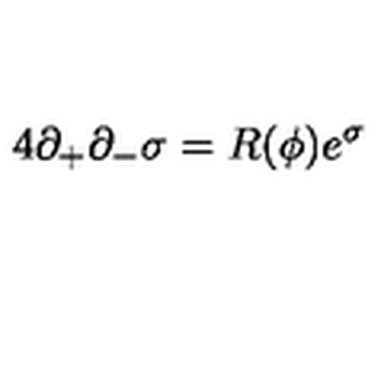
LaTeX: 4 \partial _ { + } \partial _ { - } \sigma = R ( \phi ) e ^ { \sigma }